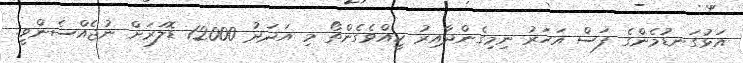
އަޅުގަނޑުމެންގެ ފަސް އަހަރު ނިމިގެންދާއިރު ކީއްވެގެންތޯ މި އަދަދު 12000 ޑޮލަރަށް ނުޖެއްސެންވީ.